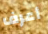
أعرف